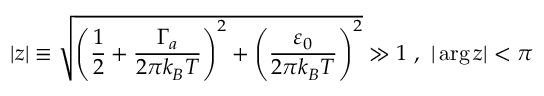
\vert z \vert \equiv \sqrt { \left( \frac { 1 } { 2 } + \frac { \Gamma _ { a } } { 2 \pi k _ { B } T } \right) ^ { 2 } + \left( \frac { \varepsilon _ { 0 } } { 2 \pi k _ { B } T } \right) ^ { 2 } } \gg 1 \ , \ \vert \arg z \vert < \pi